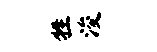
牲浚